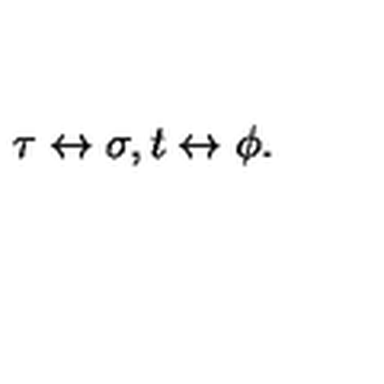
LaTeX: \tau \leftrightarrow \sigma , t \leftrightarrow \phi .